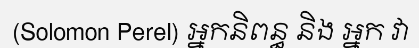
(Solomon Perel) អ្នកនិពន្ធ និង អ្នក វា